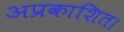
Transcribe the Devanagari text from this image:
अप्रकाशित।